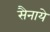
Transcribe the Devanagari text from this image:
सैनाये